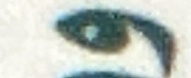
و